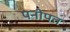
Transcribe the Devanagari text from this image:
पनीपत